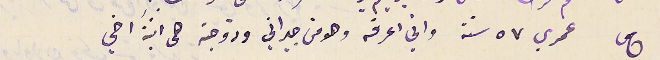
ج عمري ٧٥ سنة واني اعرفه وهو من جيراني وزوجته هى ابنة اخي